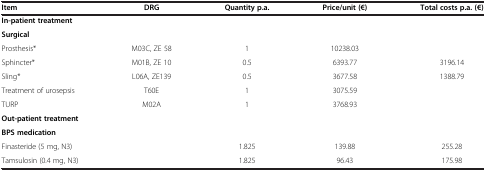
| Item | DRG | Quantity p.a. | Price/unit (€) | Total costs p.a. (€) |
 | --- | --- | --- | --- | --- |
 | In-patient treatment |  |  |  |  |
 | Surgical |  |  |  |  |
 | Prosthesis* | M03C, ZE 58 | 1 | 10238.03 |  |
 | Sphincter* | M01B, ZE 10 | 0.5 | 6393.77 | 3196.14 |
 | Sling* | L06A, ZE139 | 0.5 | 3677.58 | 1388.79 |
 | Treatment of urosepsis | T60E | 1 | 3075.59 |  |
 | TURP | M02A | 1 | 3768.93 |  |
 | Out-patient treatment |  |  |  |  |
 | BPS medication |  |  |  |  |
 | Finasteride (5 mg, N3) |  | 1.825 | 139.88 | 255.28 |
 | Tamsulosin (0.4 mg, N3) |  | 1.825 | 96.43 | 175.98 |